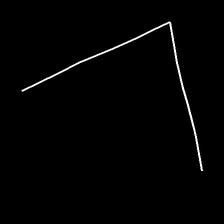
Glyph: region